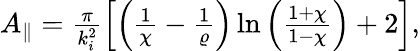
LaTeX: \begin{array}{r}{A_{\parallel}=\frac{\pi}{k_{i}^{2}}\Big[\Big(\frac{1}{\chi}-\frac{1}{\varrho}\Big)\ln\Big(\frac{1+\chi}{1-\chi}\Big)+2\Big],}\end{array}